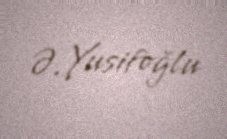
Ə. Yusifoğlu